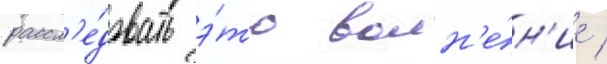
рассл'е́довать э́то волн'е́н'ие /